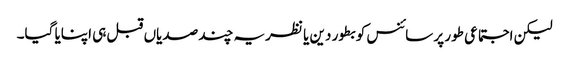
لیکن اجتماعی طور پر سائنس کو بطور دین یا نظریہ چند صدیاں قبل ہی اپنایا گیا۔